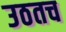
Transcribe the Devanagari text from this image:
उठतच